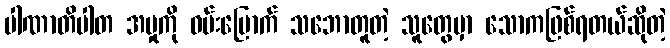
ပါဏာတိပါတ အမှုကို ဝမ်းမြောက် သဘောတူတဲ့ သူတွေမှာ သောကဖြစ်ရတယ်ဆိုတဲ့